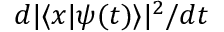
d | \langle x | \psi ( t ) \rangle | ^ { 2 } / d t